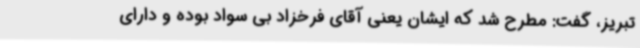
تبریز، گفت: مطرح شد که ایشان یعنی آقای فرخزاد بی سواد بوده و دارای